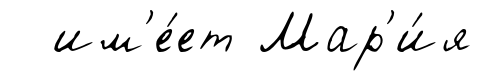
им'е́ет Мар'и́я